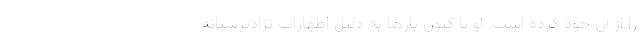
را از آن خود کرده است. او تا کنون بارها به دلیل اظهارات نژادپرستانه